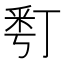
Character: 𠄚